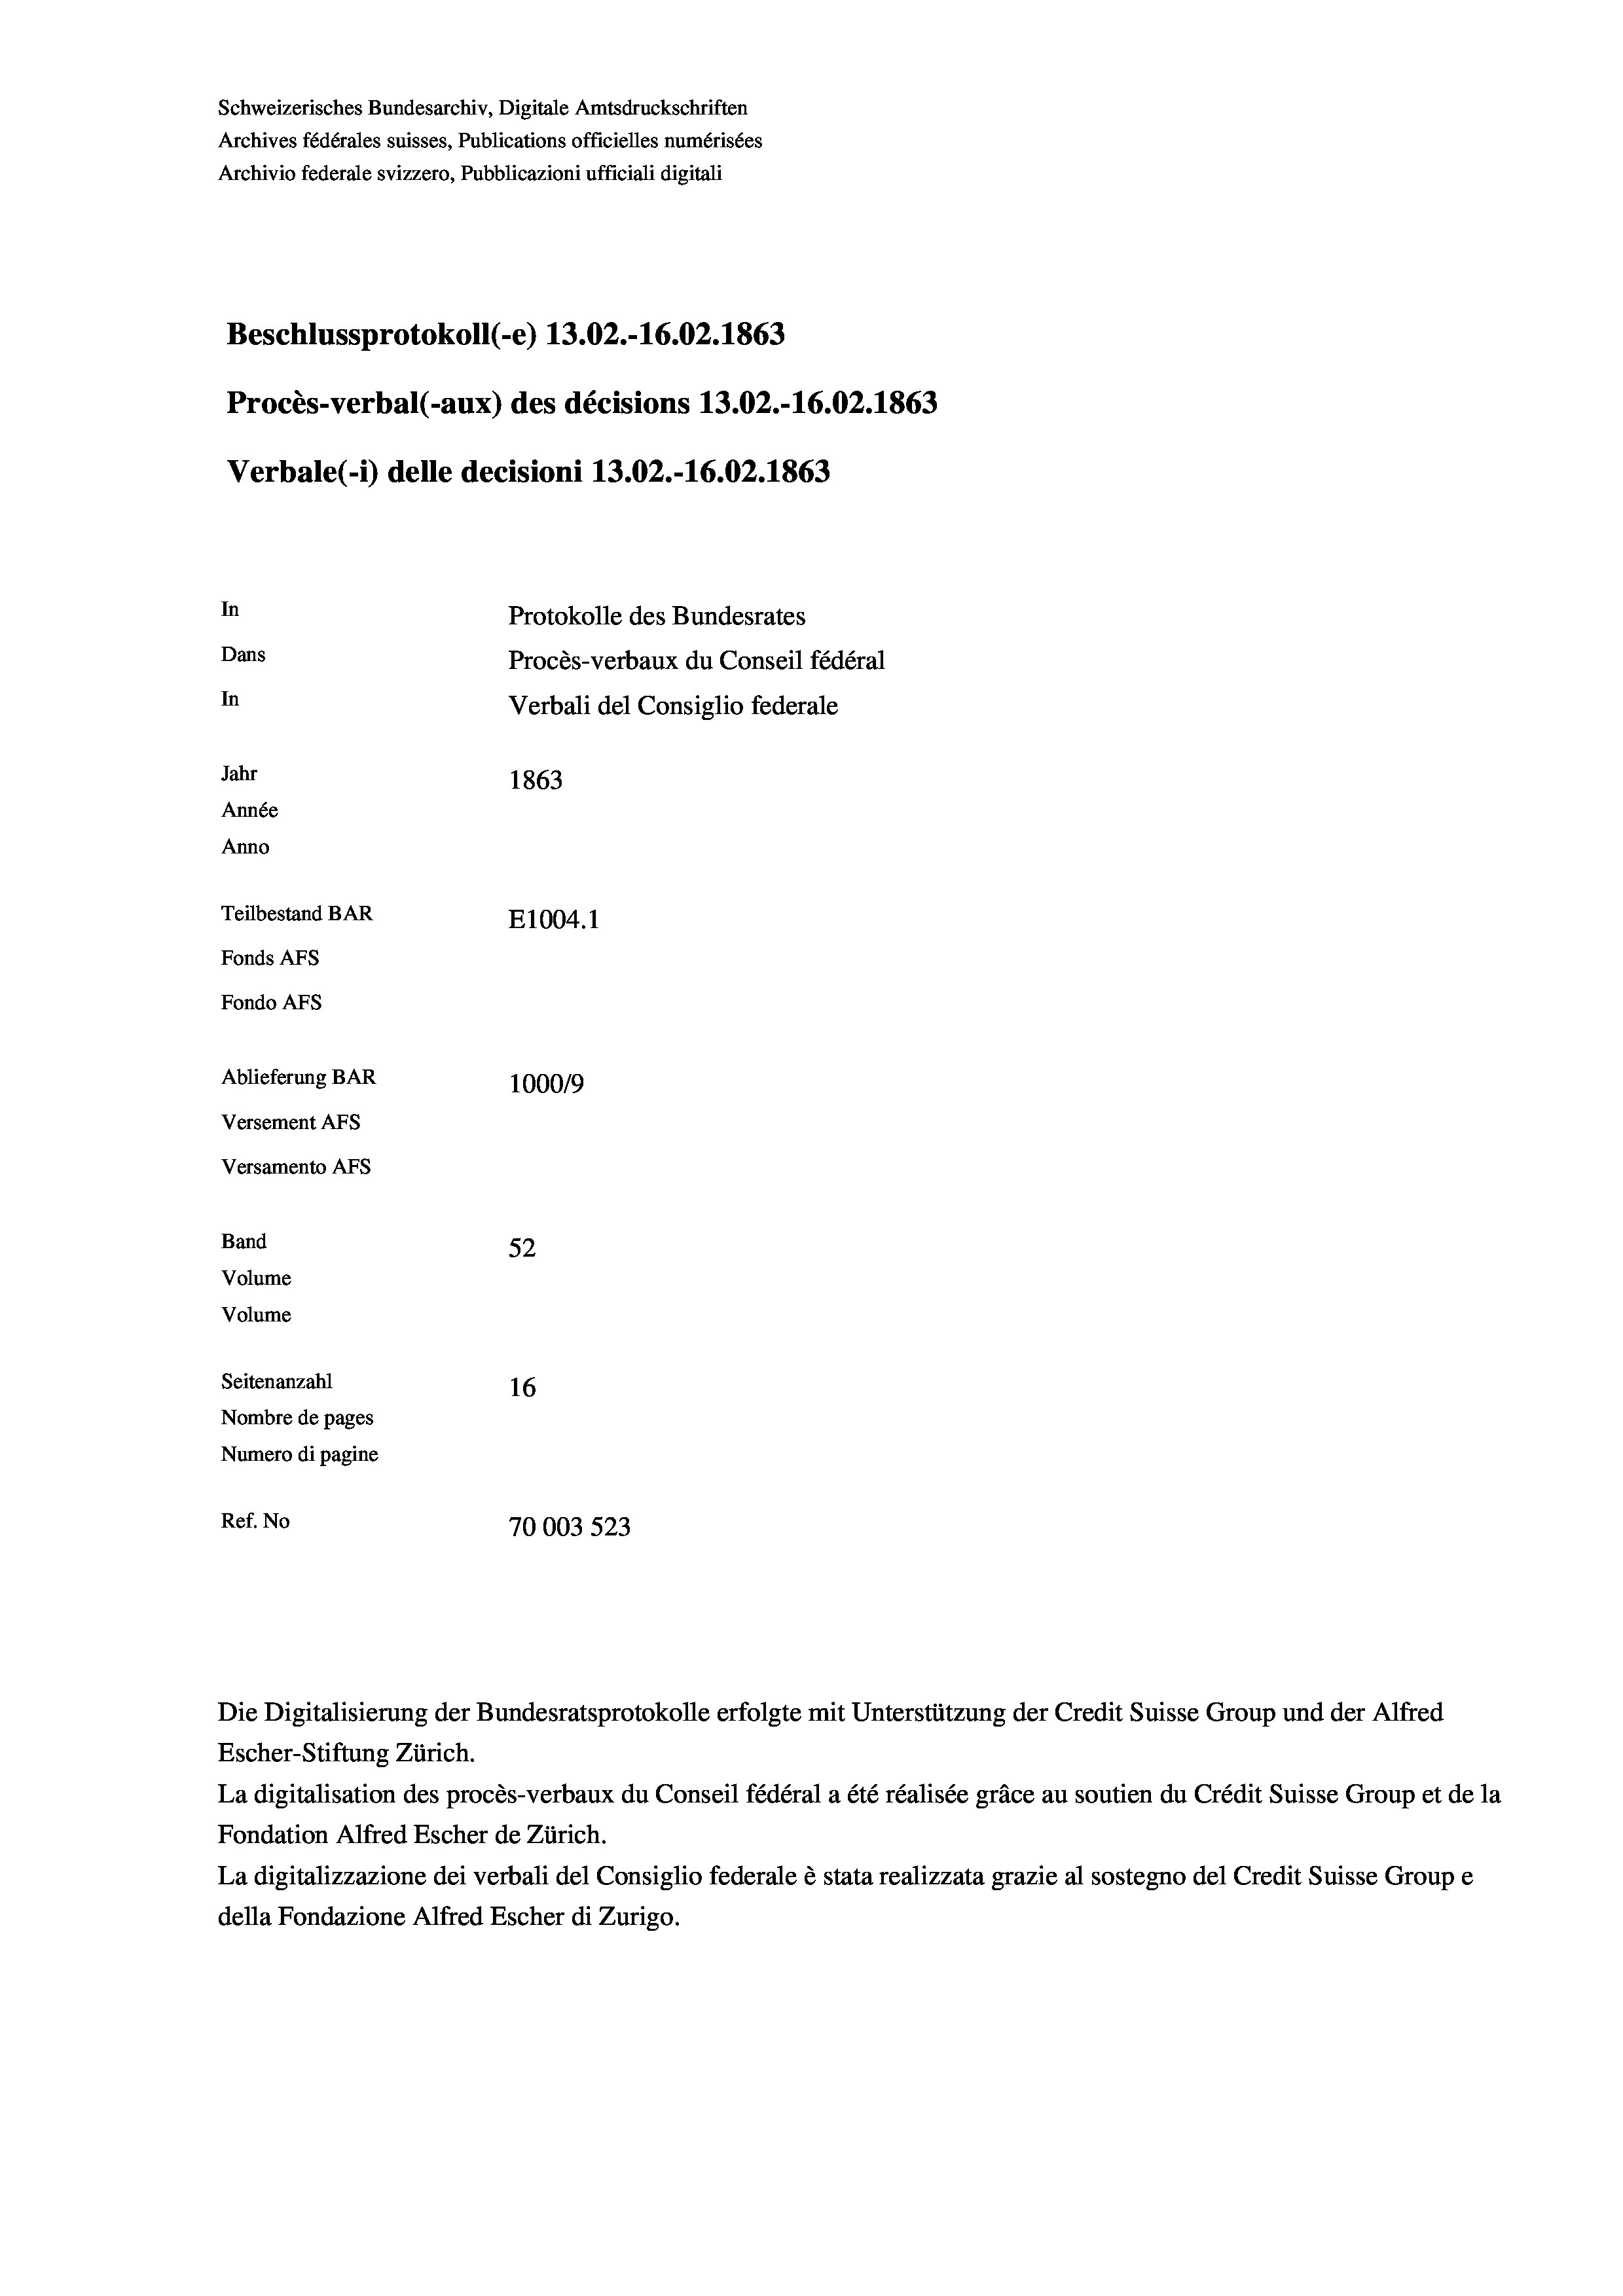
Schweizerisches Bundesarchiv, Digitale Amtsdruckschriften
Archives fédérales suisses, Publications officielles numérisées
Archivio federale svizzero, Pubblicazioni ufficiali digitali
Beschlussprotokoll (-e) 13.02.-16.02. 1863
Procès-verbal (-aux) des décisions 13.02.-16.02. 1863
Verbale (- 1) delle decisioni 13.02.-16.02. 1863
In
Protokolle des Bundesrates
Dans
Procès-verbaux du Conseil fédéral
In
Verbali del Consiglio federale
Jahr
1863
Année
Anno
Teilbestand BAR
E1004. 1
Fonds AFs
Fondo AFS
Ablieferung BAR
100019
Versement AFs
Versamento AFs
Band
52
Volume
Volume

Seitenanzahl
16
Nombre de pages
Numero di pagine
Ref. No
70003 523

Escher-Stiftung Zürich.
La digitalisation des procès-verbaux du Conseil fédéral a été réalisée gräce au soutien du Crédit Suisse Group et de la
Fondation Alfred Escher de Zürich.
La digitalizzazione dei verbali del Consiglio federale è stata realizzata grazie al sostegno del Credit Suisse Groupe
della Fondazione Alfred Escher di Zurigo.

Die Digitalisierung der Bundesratsprotokolle erfolgte mit Unterstützung der Credit Suisse Group und der Alfred